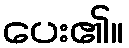
ပေး၏။